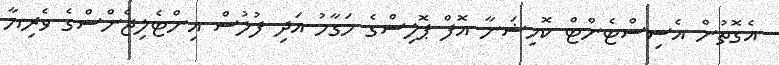
އެގޮތުން އެސިސްޓެންޓް ކޮމިޝަނާ އޮފް ޕޮލިސްގެ މަގާމު އަދި ފުުލުސް އިންޓެލިޖެންސްގެ ވެރިޔާ